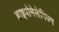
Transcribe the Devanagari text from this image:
हाइपोमेलेनिज्म